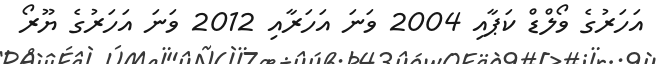
އަހަރުގެ ވޯލްޑް ކަޕާއި 2004 ވަނަ އަހަރާއި 2012 ވަނަ އަހަރުގެ ޔޫރޯ